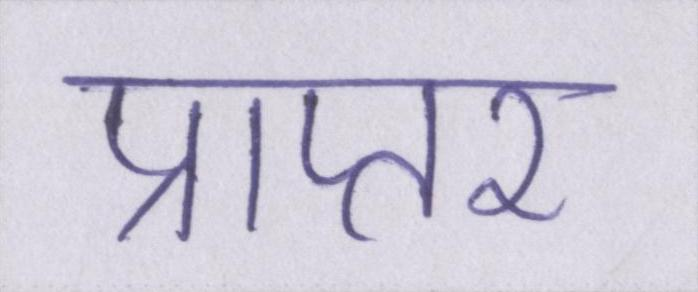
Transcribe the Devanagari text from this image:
प्राप्तर